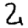
Digit: 2